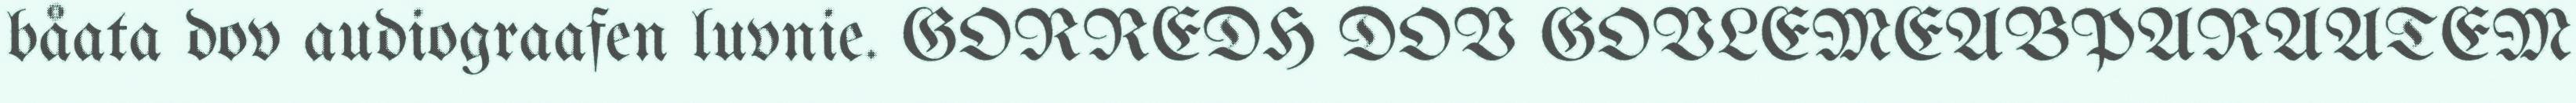
båata dov audiograafen luvnie. GORREDH DOV GOVLEMEABPARAATEM